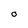
Character: O